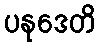
ပနုဒေတိ